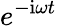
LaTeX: e^{-\mathrm{i}\omega t}